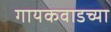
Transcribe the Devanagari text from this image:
गायकवाडच्या